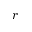
r